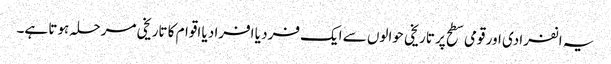
یہ انفرادی اور قومی سطح پر تاریخی حوالوں سے ایک فرد یا افراد یا اقوام کا تاریخی مرحلہ ہوتا ہے۔